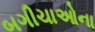
બગીચાઓના